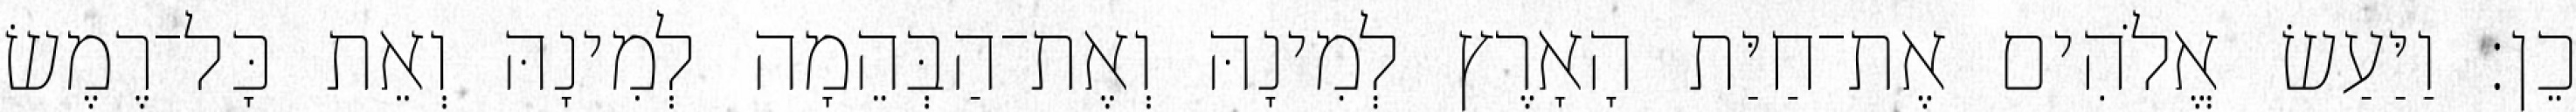
כֵן׃ וַיַּעַשׂ אֱלֹהִים אֶת־חַיַּת הָאָרֶץ לְמִינָהּ וְאֶת־הַבְּהֵמָה לְמִינָהּ וְאֵת כָּל־רֶמֶשׂ